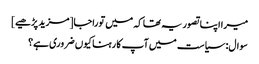
میرا اپنا تصور یہ تھا کہ میں توراجا [مزید پڑھیے]
سوال: سیاست میں آپ کا رہنا کیوں ضروری ہے؟